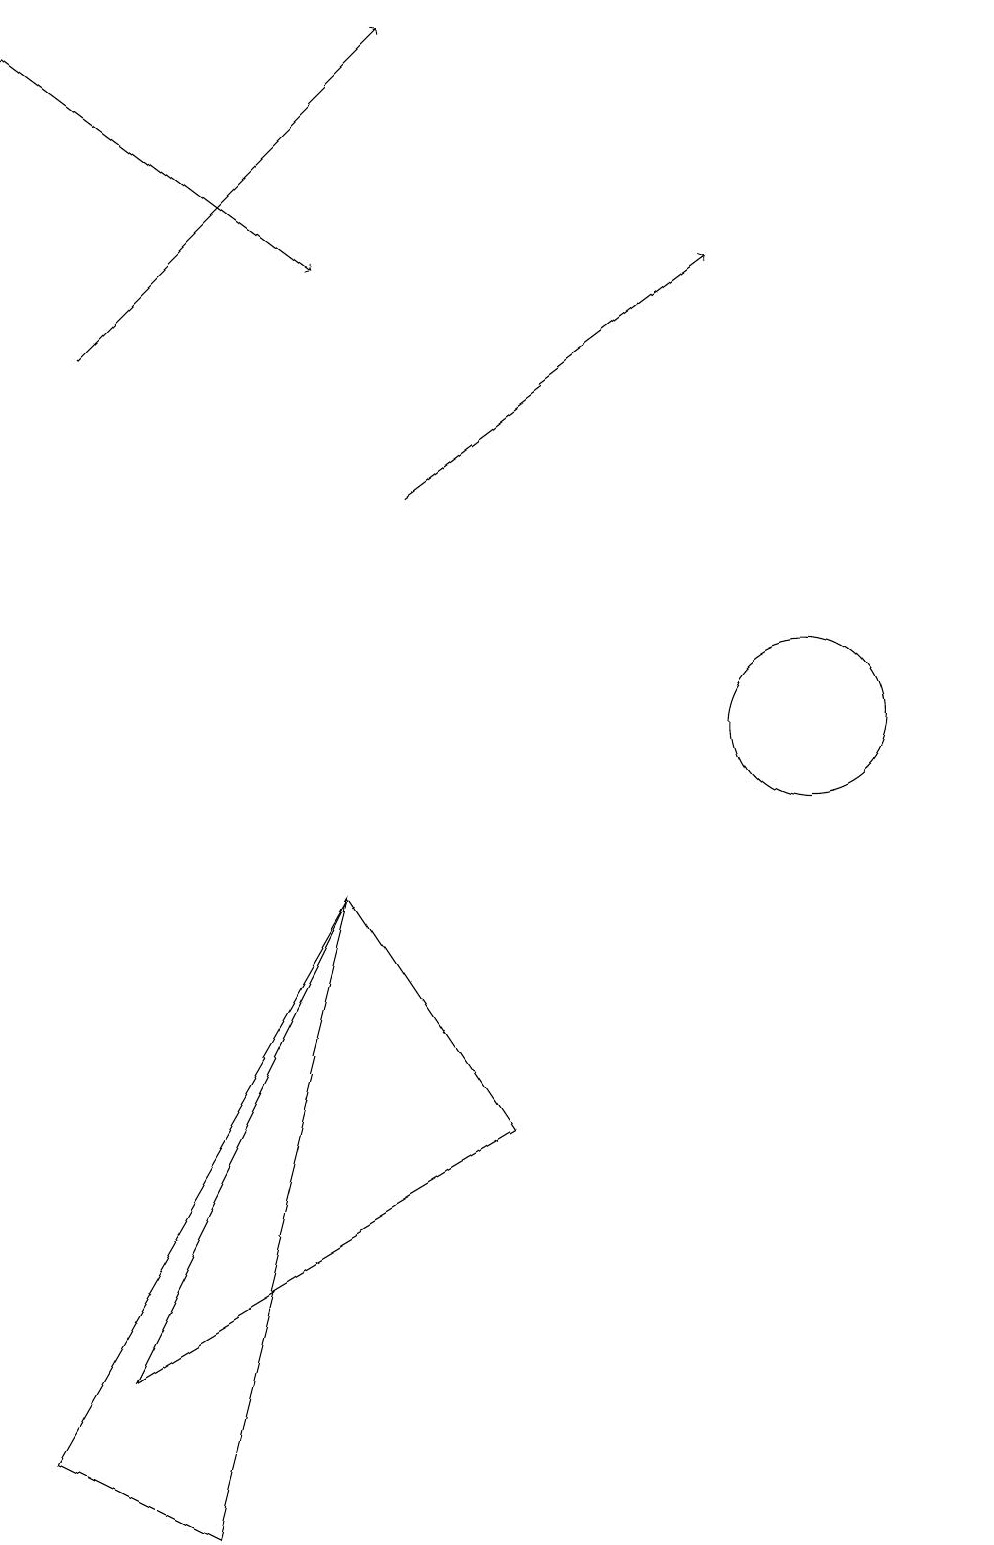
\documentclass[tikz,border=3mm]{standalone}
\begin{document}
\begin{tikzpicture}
\draw (12,10) circle (0);
\draw[->] (5,13) -- (9,16);
\draw (6,12) rectangle (6,12);
\draw[->] (1,15) -- (5,19);
\draw (10,10) circle (1);
\draw[->] (0,19) -- (4,16);
\draw (6,5) -- (1,2) -- (4,8) -- cycle;
\draw (0,1) -- (2,0) -- (4,8) -- cycle;
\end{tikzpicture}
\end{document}